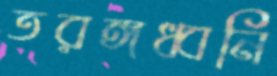
তরঙ্গধ্বনি